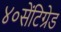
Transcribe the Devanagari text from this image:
४०सेंटिग्रेड